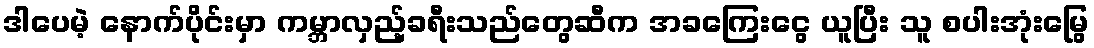
ဒါပေမဲ့ နောက်ပိုင်းမှာ ကမ္ဘာလှည့်ခရီးသည်တွေဆီက အခကြေးငွေ ယူပြီး သူ စပါးအုံးမြွေ